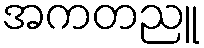
အကတညူ